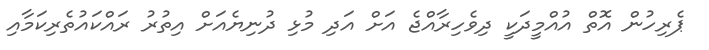
ޕެރިހުން އޮތް އުއްމީދަކީ ދިވެހިރާއްޖެ އަށް އަދި މުޅި ދުނިޔެއަށް އިތުރު ރައްކައުތެރިކަމާއި